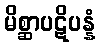
မိစ္ဆာပဋိပန္နံ